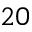
2 0